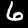
Label: 6